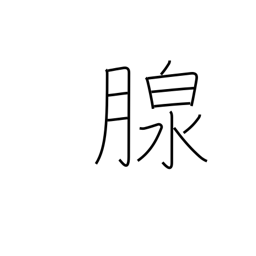
Meaning: gland